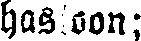
hastoon;